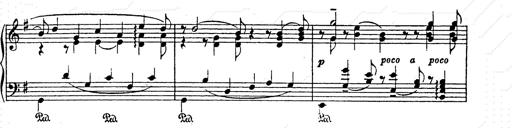
Title: AnnÃ©es de pÃ¨lerinage II
Composer: Franz Liszt